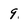
Character: 9